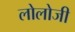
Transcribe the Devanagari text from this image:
लोलोजी